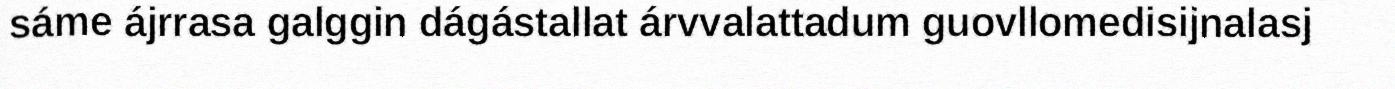
sáme ájrrasa galggin dágástallat árvvalattadum guovllomedisijnalasj